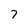
Character: 7